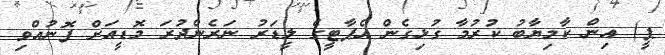
ޕީ) އިން ކާމިޔާބު ކުރުމާ ގުޅިގެން އެޕާޓީގެ ލީޑަރު ނަރެންދުރަ މޮޑީއަށް ފޮނުއްވި